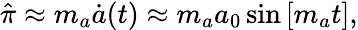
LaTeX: \begin{array}{r}{\hat{\pi}\approx m_{a}\dot{a}(t)\approx m_{a}a_{0}\sin\left[m_{a}t\right],}\end{array}